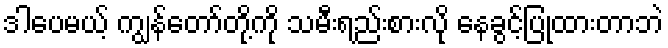
ဒါပေမယ့် ကျွန်တော်တို့ကို သမီးရည်းစားလို နေခွင့်ပြုထားတာဘဲ